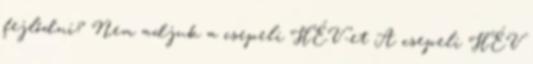
fejlődni? Nem adjuk a csepeli HÉV-et A csepeli HÉV